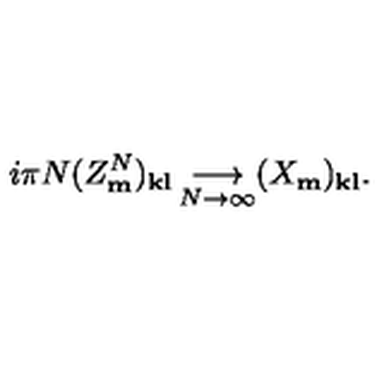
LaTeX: i \pi N ( Z _ { \bf m } ^ { N } ) _ { \bf k l } \mathop { \longrightarrow } _ { N \rightarrow \infty } ( X _ { \bf m } ) _ { \bf k l } .